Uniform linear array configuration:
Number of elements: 12
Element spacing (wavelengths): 0.25
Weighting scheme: hann
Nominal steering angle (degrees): -30
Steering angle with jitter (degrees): -31.712
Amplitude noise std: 0.05
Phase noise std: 0.05

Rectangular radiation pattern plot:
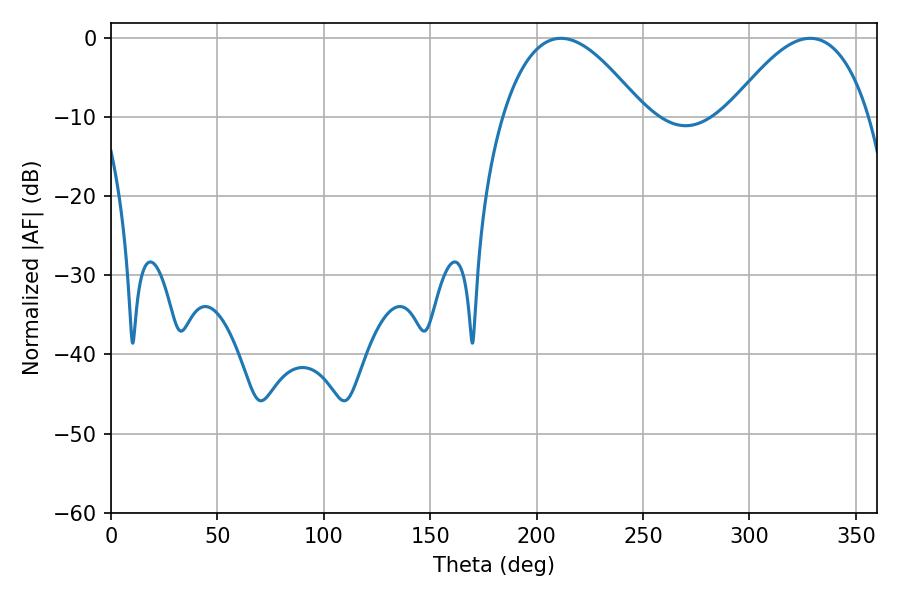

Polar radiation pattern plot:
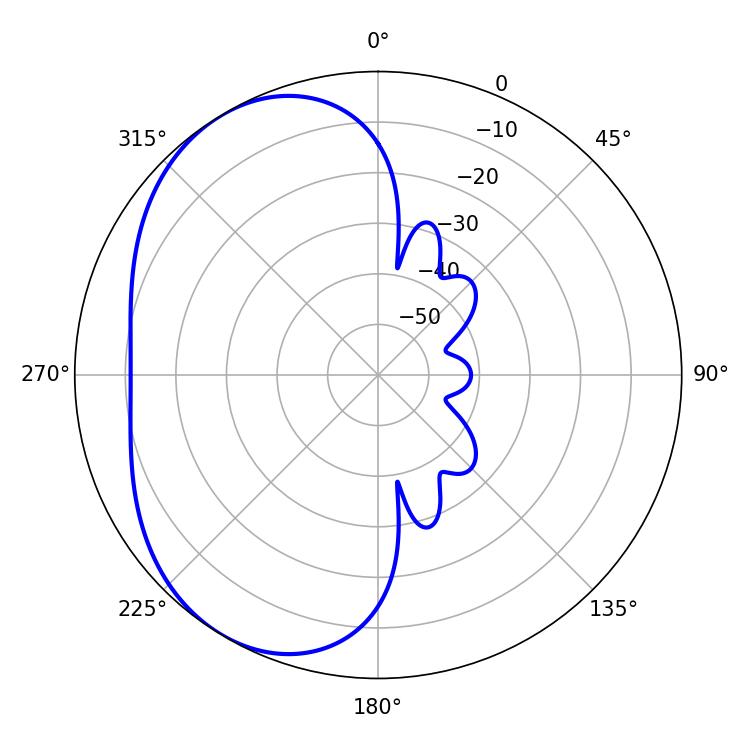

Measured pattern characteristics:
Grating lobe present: FALSE
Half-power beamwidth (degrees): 36.18
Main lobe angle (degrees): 328.5